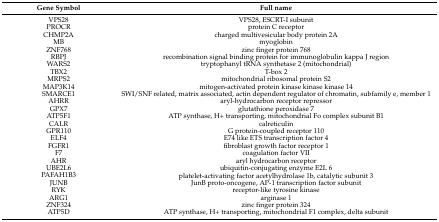
<table><thead><tr><td><b>Gene Symbol</b></td><td><b>Full name</b></td></tr></thead><tbody><tr><td>VPS28</td><td>VPS28, ESCRT-I subunit</td></tr><tr><td>PROCR</td><td>protein C receptor</td></tr><tr><td>CHMP2A</td><td>charged multivesicular body protein 2A</td></tr><tr><td>MB</td><td>myoglobin</td></tr><tr><td>ZNF768</td><td>zinc finger protein 768</td></tr><tr><td>RBPJ</td><td>recombination signal binding protein for immunoglobulin kappa J region</td></tr><tr><td>WARS2</td><td>tryptophanyl tRNA synthetase 2 (mitochondrial)</td></tr><tr><td>TBX2</td><td>T-box 2</td></tr><tr><td>MRPS2</td><td>mitochondrial ribosomal protein S2</td></tr><tr><td>MAP3K14</td><td>mitogen-activated protein kinase kinase kinase 14</td></tr><tr><td>SMARCE1</td><td>SWI/SNF related, matrix associated, actin dependent regulator of chromatin, subfamily e, member 1</td></tr><tr><td>AHRR</td><td>aryl-hydrocarbon receptor repressor</td></tr><tr><td>GPX7</td><td>glutathione peroxidase 7</td></tr><tr><td>ATP5F1</td><td>ATP synthase, H+ transporting, mitochondrial Fo complex subunit B1</td></tr><tr><td>CALR</td><td>calreticulin</td></tr><tr><td>GPR110</td><td>G protein-coupled receptor 110</td></tr><tr><td>ELF4</td><td>E74 like ETS transcription factor 4</td></tr><tr><td>FGFR1</td><td>fibroblast growth factor receptor 1</td></tr><tr><td>F7</td><td>coagulation factor VII</td></tr><tr><td>AHR</td><td>aryl hydrocarbon receptor</td></tr><tr><td>UBE2L6</td><td>ubiquitin-conjugating enzyme E2L 6</td></tr><tr><td>PAFAH1B3</td><td>platelet-activating factor acetylhydrolase 1b, catalytic subunit 3</td></tr><tr><td>JUNB</td><td>JunB proto-oncogene, AP-1 transcription factor subunit</td></tr><tr><td>RYK</td><td>receptor-like tyrosine kinase</td></tr><tr><td>ARG1</td><td>arginase 1</td></tr><tr><td>ZNF324</td><td>zinc finger protein 324</td></tr><tr><td>ATP5D</td><td>ATP synthase, H+ transporting, mitochondrial F1 complex, delta subunit</td></tr></tbody></table>